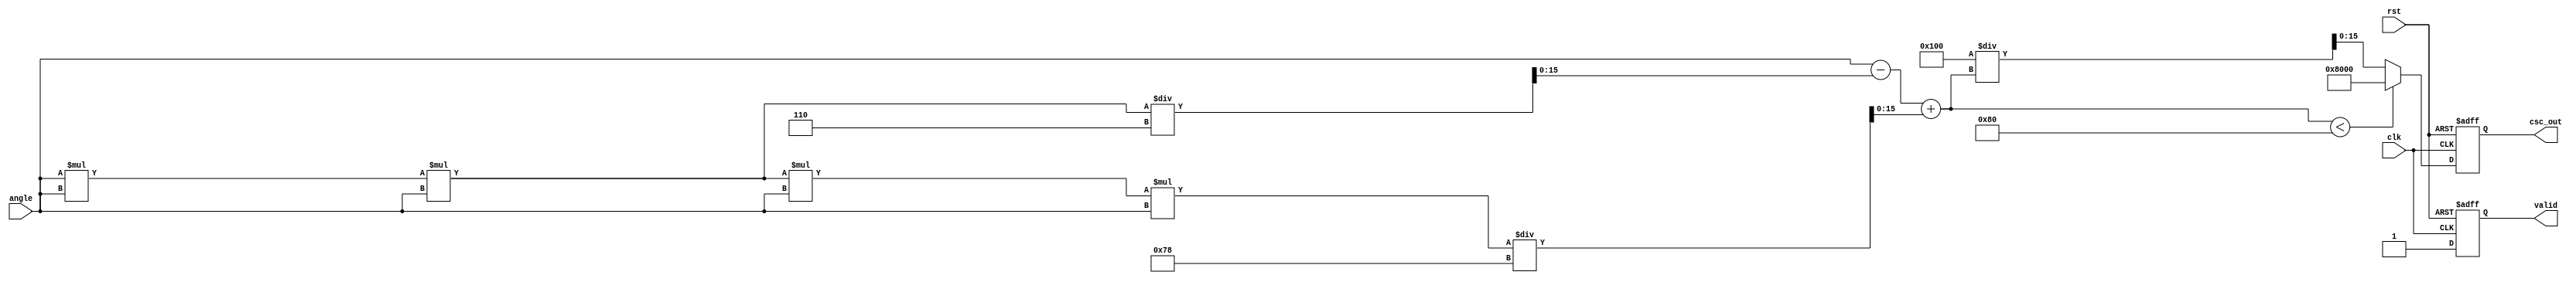
module csc_block #(
    parameter WIDTH = 16, // Width of the input and output
    parameter FRAC_BITS = 8 // Number of fractional bits
)(
    input wire clk,
    input wire rst,
    input wire [WIDTH-1:0] angle, // Input angle in fixed-point format
    output reg [WIDTH-1:0] csc_out, // Output cosecant in fixed-point format
    output reg valid // Output valid signal
);

    // Internal signals
    wire [WIDTH-1:0] sin_value;
    reg [WIDTH-1:0] sin_value_reg;
    reg sin_zero_flag;

    // Sine calculation (simple approximation for demonstration)
    function [WIDTH-1:0] sine;
        input [WIDTH-1:0] x;
        begin
            // Simple Taylor series approximation for sine
            // sin(x)  x - x^3/6 + x^5/120 (limited to small angles)
            sine = x - (x * x * x) / 6 + (x * x * x * x * x) / 120;
        end
    endfunction

    // Compute sine value
    assign sin_value = sine(angle);

    // Always block to handle the computation and edge cases
    always @(posedge clk or posedge rst) begin
        if (rst) begin
            csc_out <= 0;
            valid <= 0;
            sin_zero_flag <= 0;
        end else begin
            // Check if sine value is close to zero
            if (sin_value < (1 << (FRAC_BITS - 1))) begin
                // Handle division by zero case
                csc_out <= {1'b1, {WIDTH-1{1'b0}}}; // Return a large value or NaN
                valid <= 1;
                sin_zero_flag <= 1;
            end else begin
                // Compute cosecant
                csc_out <= (1 << FRAC_BITS) / sin_value; // Scale appropriately
                valid <= 1;
                sin_zero_flag <= 0;
            end
        end
    end

endmodule